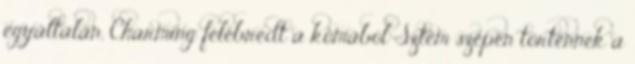
egyáltalán, Charming felébredt a kómából Sztem szépen történnek a